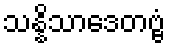
သန္နိသာဒေတဗ္ဗံ